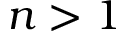
n > 1